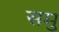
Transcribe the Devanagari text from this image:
समु